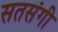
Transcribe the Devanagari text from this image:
सतसंगी